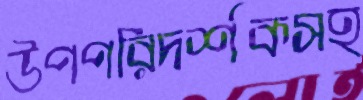
উপপরিদর্শকসহ